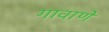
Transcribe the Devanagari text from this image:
गावाणे